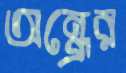
অন্ধ্রের